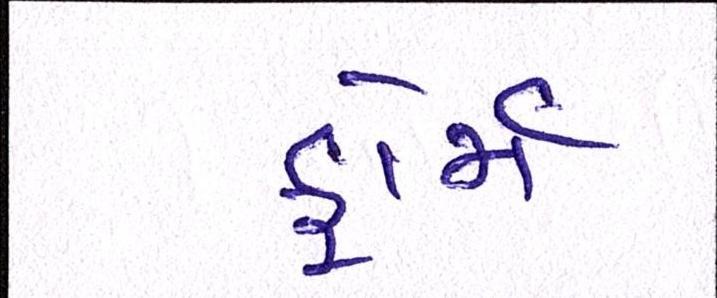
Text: ફોર્મ